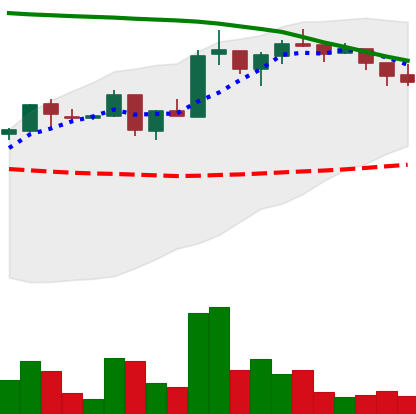
Ticker: ADA-USD
Chart end date: 2018-05-08
Forward return: -12.932%
Label: down_7plus